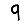
Digit: 9